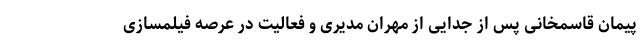
پیمان قاسمخانی پس از جدایی از مهران مدیری و فعالیت در عرصه فیلمسازی